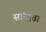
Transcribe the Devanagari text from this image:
सांन्द्रता